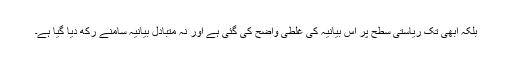
بلکہ ابھی تک ریاستی سطح پر اس بیانیہ کی غلطی واضح کی گئی ہے اور نہ متبادل بیانیہ سامنے رکھ دیا گیا ہے۔